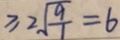
\geq 2 \sqrt { \frac { 9 } { 1 } } = 6